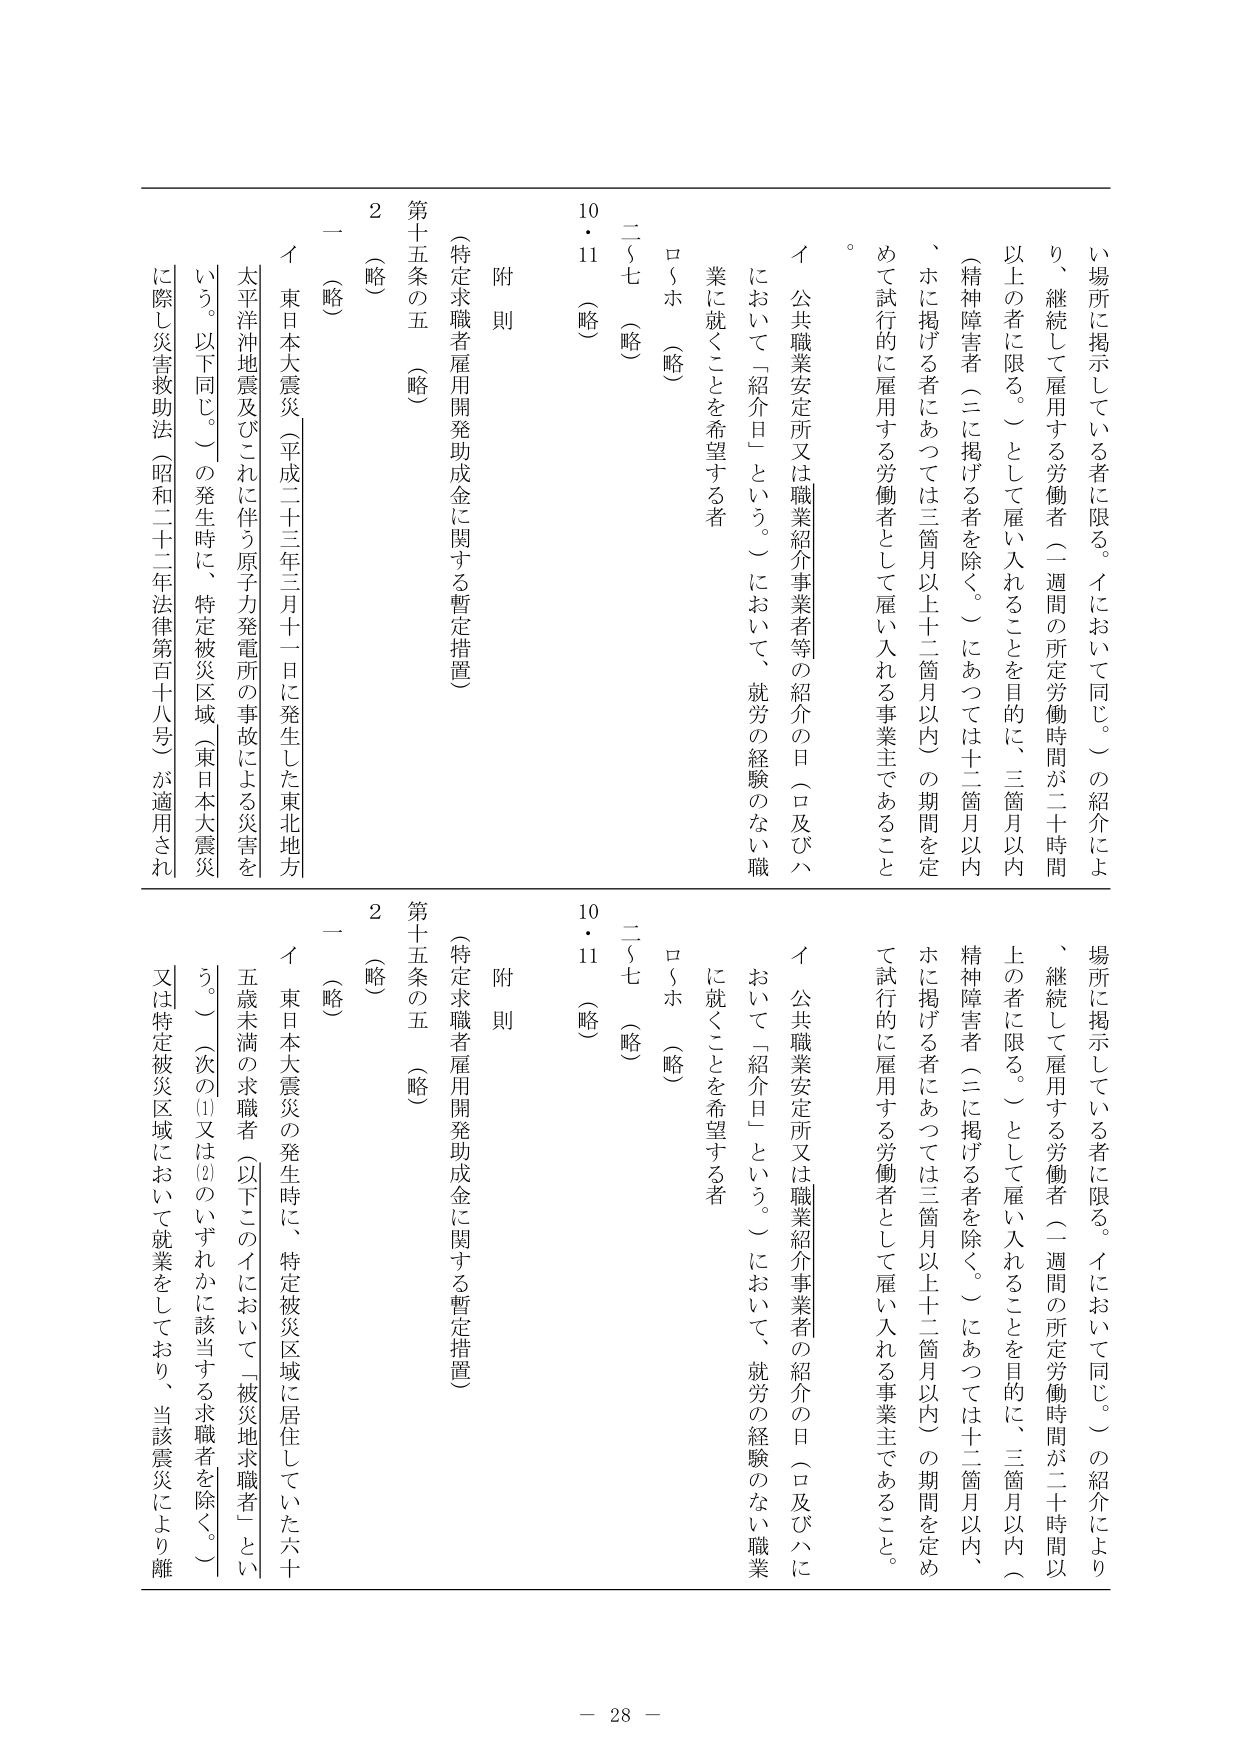
い場所に掲示している者に限る。イにおいて同じ。）の紹介により、継続して雇用する労働者（一週間の所定労働時間が二十時間以上 の者に限る。）として雇い入れることを目的に、三箇月以内（精神障害者（ニに掲げる者を除く。）にあっては十二箇月以内、ホに掲げる者にあっては三箇月以上十二箇月以内）の期間を定めて試行的に雇用する労働者として雇い入れる事業主であること。

イ 公共職業安定所又は職業紹介事業者等の紹介の日（ロ及びハにおいて「紹介日」という。）において、就労の経験のない職業に就くことを希望する者

ロ～ホ （略）

二～七 （略）

10・11 （略）

附 則

（特定求職者雇用開発助成金に関する暫定措置）

第十五条の五 （略）

2 （略）

一 （略）

イ 東日本大震災（平成二十三年三月十一日に発生した東北地方太平洋沖地震及びこれに伴う原子力発電所の事故による災害をいう。以下同じ。）の発生時に、特定被災区域（東日本大震災に際し災害救助法（昭和二十二年法律第百十八号）が適用され

場所に掲示している者に限る。イにおいて同じ。）の紹介により、継続して雇用する労働者（一週間の所定労働時間が二十時間以上 の者に限る。）として雇い入れることを目的に、三箇月以内（精神障害者（ニに掲げる者を除く。）にあっては十二箇月以内、ホに掲げる者にあっては三箇月以上十二箇月以内）の期間を定めて試行的に雇用する労働者として雇い入れる事業主であること。

イ 公共職業安定所又は職業紹介事業者等の紹介の日（ロ及びハにおいて「紹介日」という。）において、就労の経験のない職業に就くことを希望する者

ロ～ホ （略）

二～七 （略）

10・11 （略）

附 則

（特定求職者雇用開発助成金に関する暫定措置）

第十五条の五 （略）

2 （略）

一 （略）

イ 東日本大震災の発生時に、特定被災区域に居住していた六十歳未満の求職者（以下このイにおいて「被災地求職者」という。）（次の①又は②のいずれかに該当する求職者を除く。）

又は特定被災区域において就業をしており、当該震災により離

－ 28 －